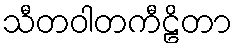
သီတဝါတကီဠိတာ